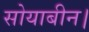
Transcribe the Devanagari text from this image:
सोयाबीन।